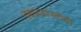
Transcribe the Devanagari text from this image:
दक्षप्रजापतीची